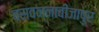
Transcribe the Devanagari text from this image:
बसवन्नाबीजापुर